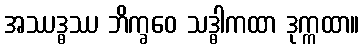
အဿဒ္ဓဿ ဘိက္ခဝေ သဒ္ဓါကထာ ဒုက္ကထာ။